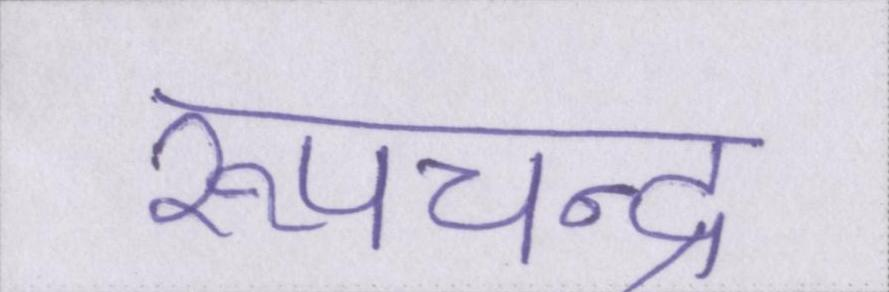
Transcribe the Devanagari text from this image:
रूपचन्द्र